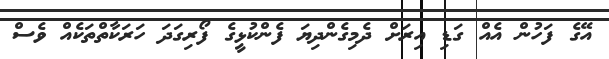
އޭގެ ފަހުން އެއް ގަޑި އިރަށް ދެމިގެންދިޔަ ފެންކުޅީގެ ފޯރިގަދަ ހަރަކާތްތަކެއް ވެސް